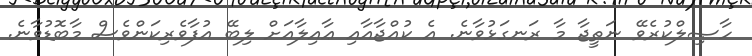
ހާޞިލްކުރެވޭ ނަތީޖާ މާ ރަނގަޅުވާނެ. އެ ކުއްޖާއާއި ޢާއިލާއަށް ލިބޭ އުފާވެރިކަންވެސް މާބޮޑުވާނެ.